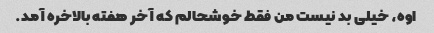
اوه، خیلی بد نیست من فقط خوشحالم که آخر هفته بالاخره آمد.